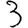
Digit: 3